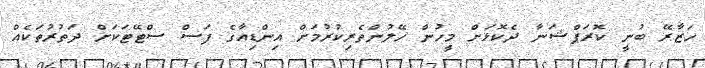
ހަޒާރޭ ބުނީ ކޮރަޕްޝަނާ ދެކޮޅަށް މީހުން ހޭލުންތެރިކުރުމަށް އިންޑިއާގެ ފަސް ސްޓޭޓަކަށް ދަތުރުތަކެއް